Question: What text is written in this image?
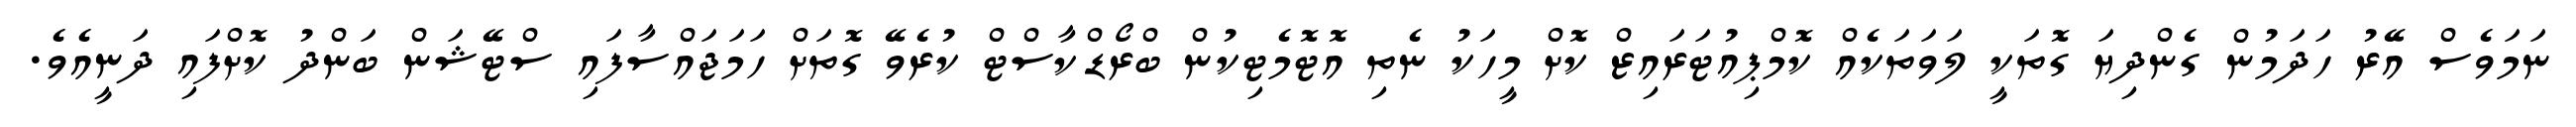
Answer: ނަމަވެސް އޭރު ހަދަމުން ގެންދިޔަ ގޮތަކީ ލަވަތަކެއް ކޮމްޕިއުޓަރައިޒް ކޮށް މީހަކު ނެތި އޮޓޮމެޓިކުން ބްރޯޑްކާސްޓް ކުރެވޭ ގޮތަށް ހަމަޖައްސާފައި ސްޓޭޝަން ބަންދު ކޮށްފައި ދަނީއެވެ.